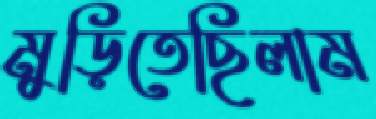
মুড়িতেছিলাম